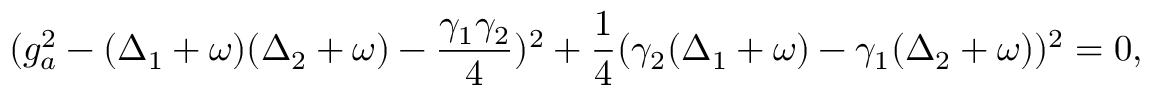
( g _ { a } ^ { 2 } - ( \Delta _ { 1 } + \omega ) ( \Delta _ { 2 } + \omega ) - \frac { \gamma _ { 1 } \gamma _ { 2 } } { 4 } ) ^ { 2 } + \frac { 1 } { 4 } ( \gamma _ { 2 } ( \Delta _ { 1 } + \omega ) - \gamma _ { 1 } ( \Delta _ { 2 } + \omega ) ) ^ { 2 } = 0 ,